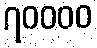
၇၀၀၀၀